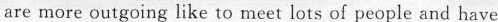
are more outgoing like to meet lots of people and have